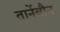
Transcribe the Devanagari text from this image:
तानेंबौन